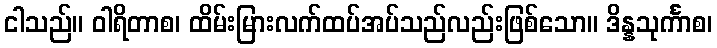
ငါသည်။ ဝါရိတာစ၊ ထိမ်းမြားလက်ထပ်အပ်သည်လည်းဖြစ်သော။ ဒိန္နသုင်္ကာစ၊